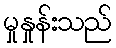
မှုနှုန်းသည်